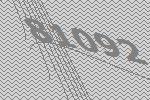
81092